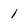
Character: 1